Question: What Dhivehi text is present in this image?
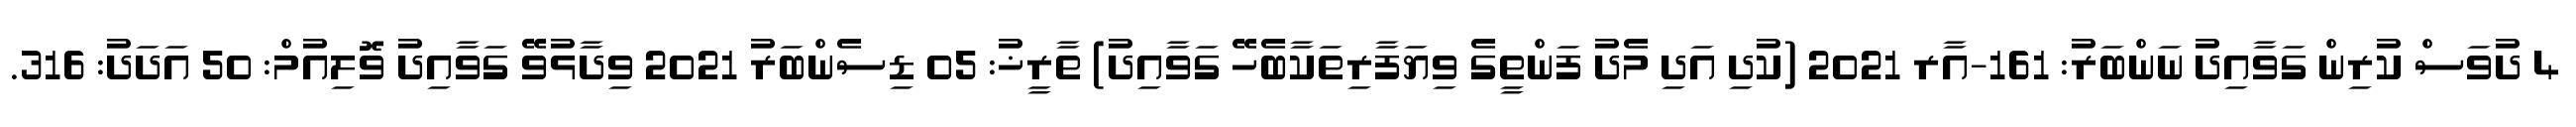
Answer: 4 ދުވަސް ކުރިން ގަވާއިދު ނަންބަރު: 161-އާރ 2021 (ކުދި އަދި މެދު ފަންތީގެ ވިޔަފާރިތަކާބެހޭ ގަވާއިދު) ތާރީޚު: 05 ޑިސެންބަރު 2021 ވިދާޅުވޭ ގަވާއިދު ވޮލިއުމް: 50 އަދަދު: 316.